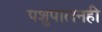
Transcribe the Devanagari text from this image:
पशुपालनही